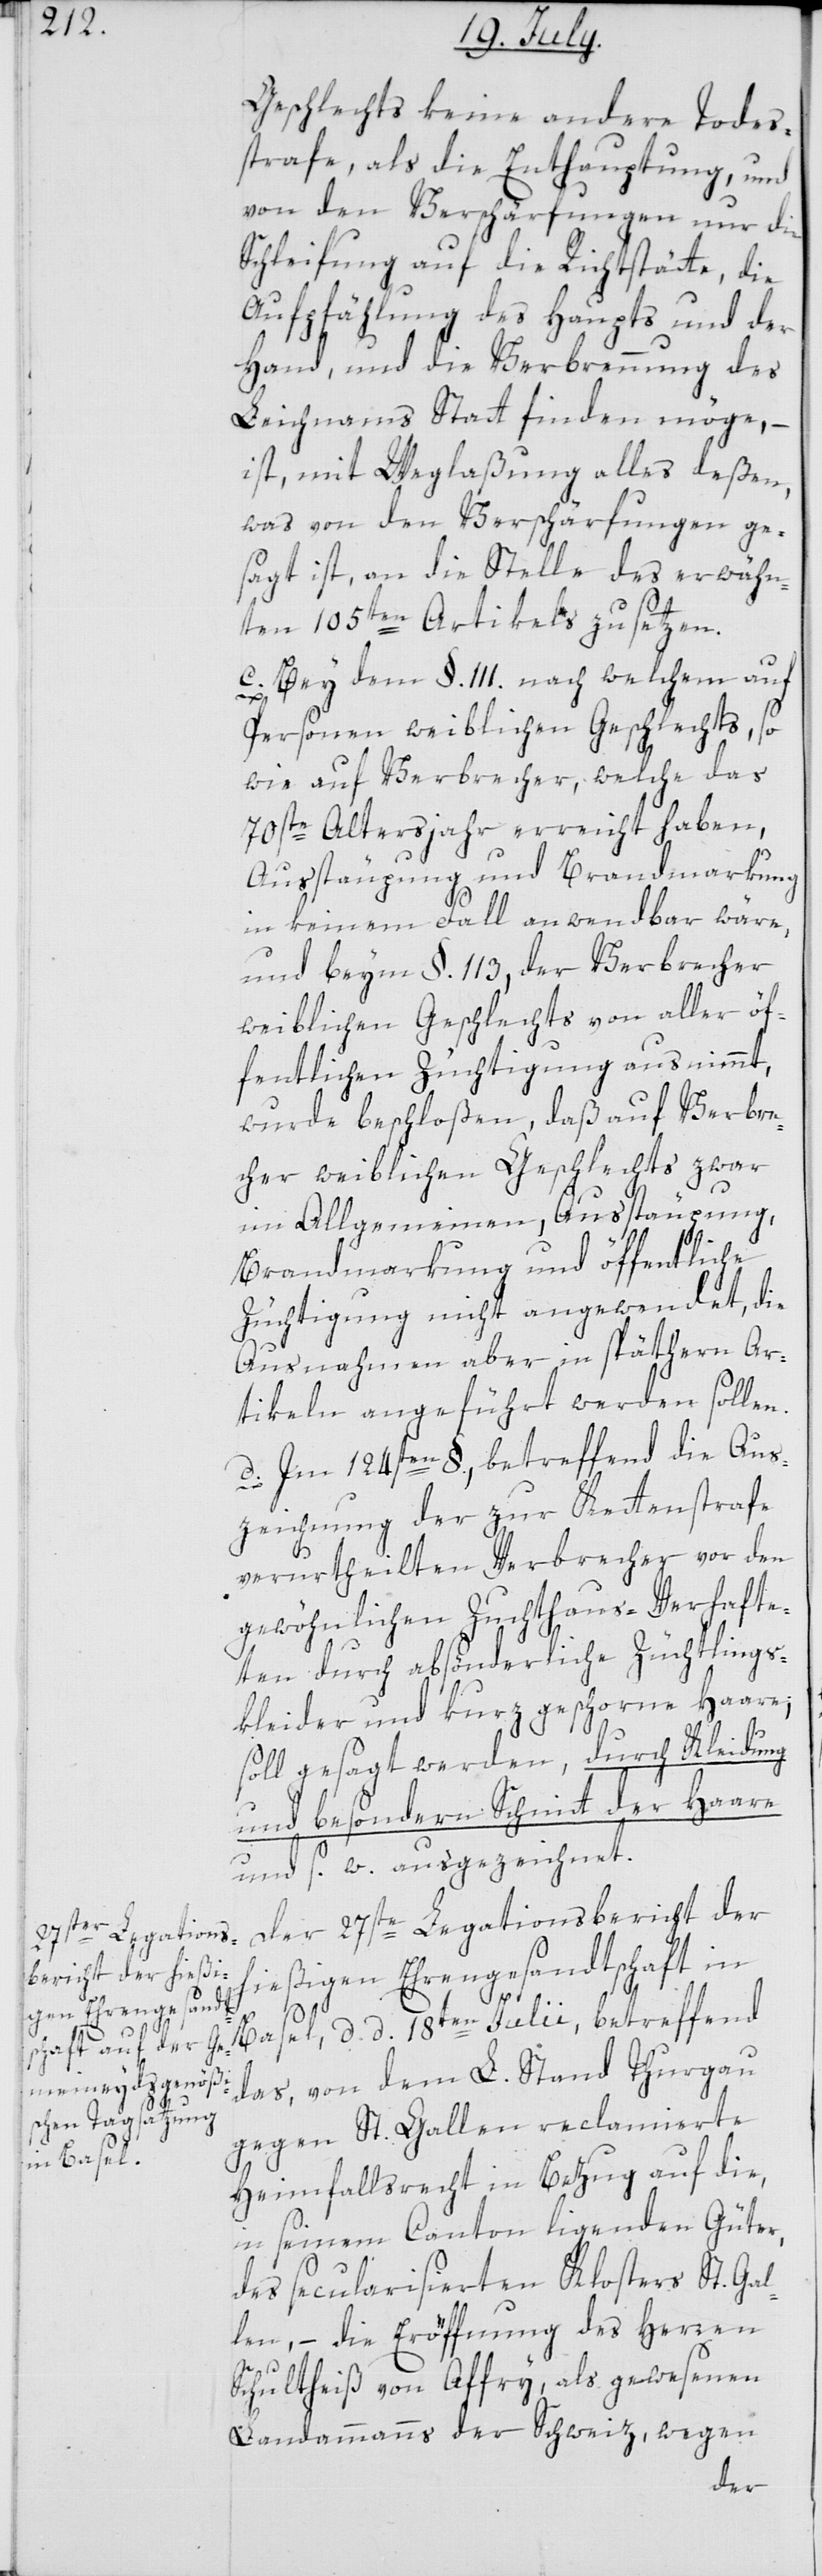
Geschlechts keine andere Todes¬
strafe, als die Enthauptung, und
von den Verschärfungen nur die
Schleifung auf die Richtstätte, die
Aufpfählung des Haupts und der
Hand, und die Verbrennung des
Leichnams Statt finden möge, –
ist, mit Weglaßung alles deßen,
was von den Verschärfungen ge¬
sagt ist, an die Stelle des erwähn¬
ten 105ten Artikels zu setzen.
c. Bey dem §. 111. nach welchem auf
Personen weiblichen Geschlechts, so
wie auf Verbrecher, welche das
70ste Altersjahr erreicht haben,
Ausstäupung und Brandmarkung
in keinem Fall anwendbar wäre,
und beym §. 113, der Verbrecher
weiblichen Geschlechts von aller öf¬
fentlichen Züchtigung ausnimmt,
wurde beschloßen, daß auf Verbre¬
cher weiblichen Geschlechts zwar
im Allgemeinen, Ausstäupung,
Brandmarkung und öffentliche
Züchtigung nicht angewendet, die
Ausnahmen aber in spätern Ar¬
tikeln angeführt werden sollen.
d. Im 124sten §., betreffend die Aus¬
zeichnung der zur Kettenstrafe
verurtheilten Verbrecher vor den
gewöhnlichen Zuchthaus-Verhafte¬
ten durch absönderliche Züchtigungs¬
kleider und kurz geschorne Haare;
soll gesagt werden, durch Kleidung
und besondern Schnitt der Haare
und s. w. ausgezeichnet.
Der 27ste Legationsbericht der
hießigen Ehrengesandtschaft in
Basel, d. d. 18ten Julii, betreffend
das, von dem L. Stand Thurgau
gegen St. Gallen reclamierte
Heimfallsrecht in Bezug auf die,
in seinem Canton ligenden Güter,
des secularisierten Klosters St. Gal¬
len, – die Eröffnung des Herren
Schultheiß von Affry, als gewesenen
Landammanns der Schweiz, wegen